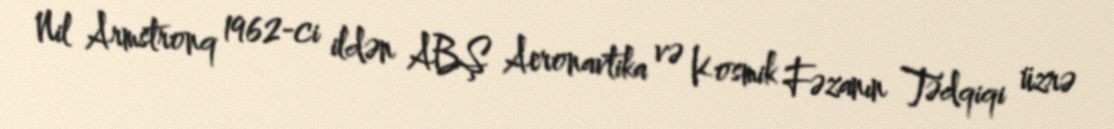
Nil Armstronq 1962-ci ildən ABŞ Aeronavtika və Kosmik Fəzanın Tədqiqi üzrə